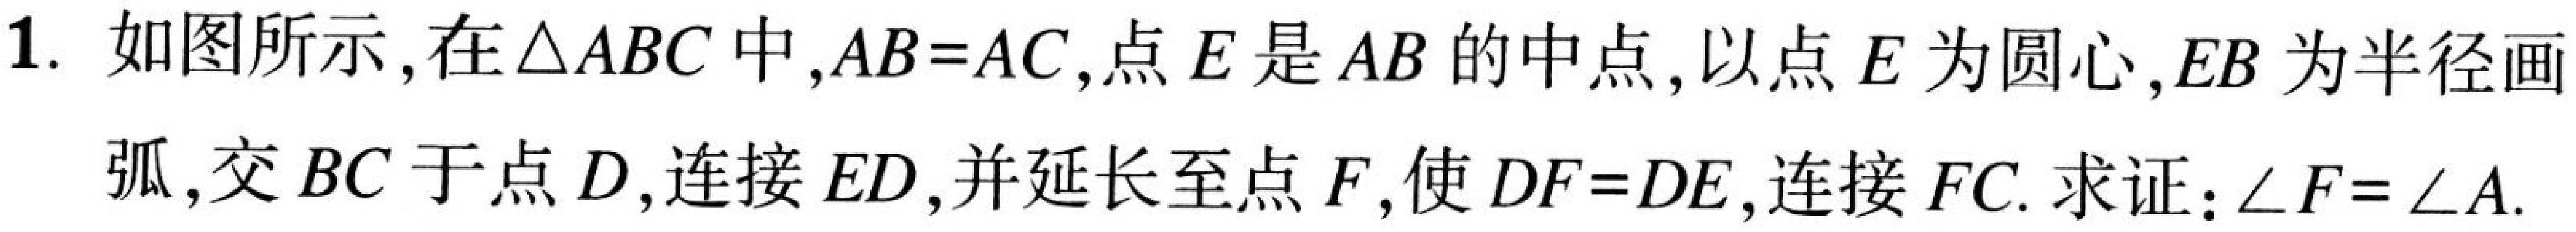
1. 如图所示,在\(\triangle ABC\)中,\(AB = AC\),点\(E\)是\(AB\)的中点,以点\(E\)为圆心,\(EB\)为半径画弧,交\(BC\)于点\(D\),连接\(ED\),并延长至点\(F\),使\(DF = DE\),连接\(FC\). 求证：\(\angle F=\angle A\).